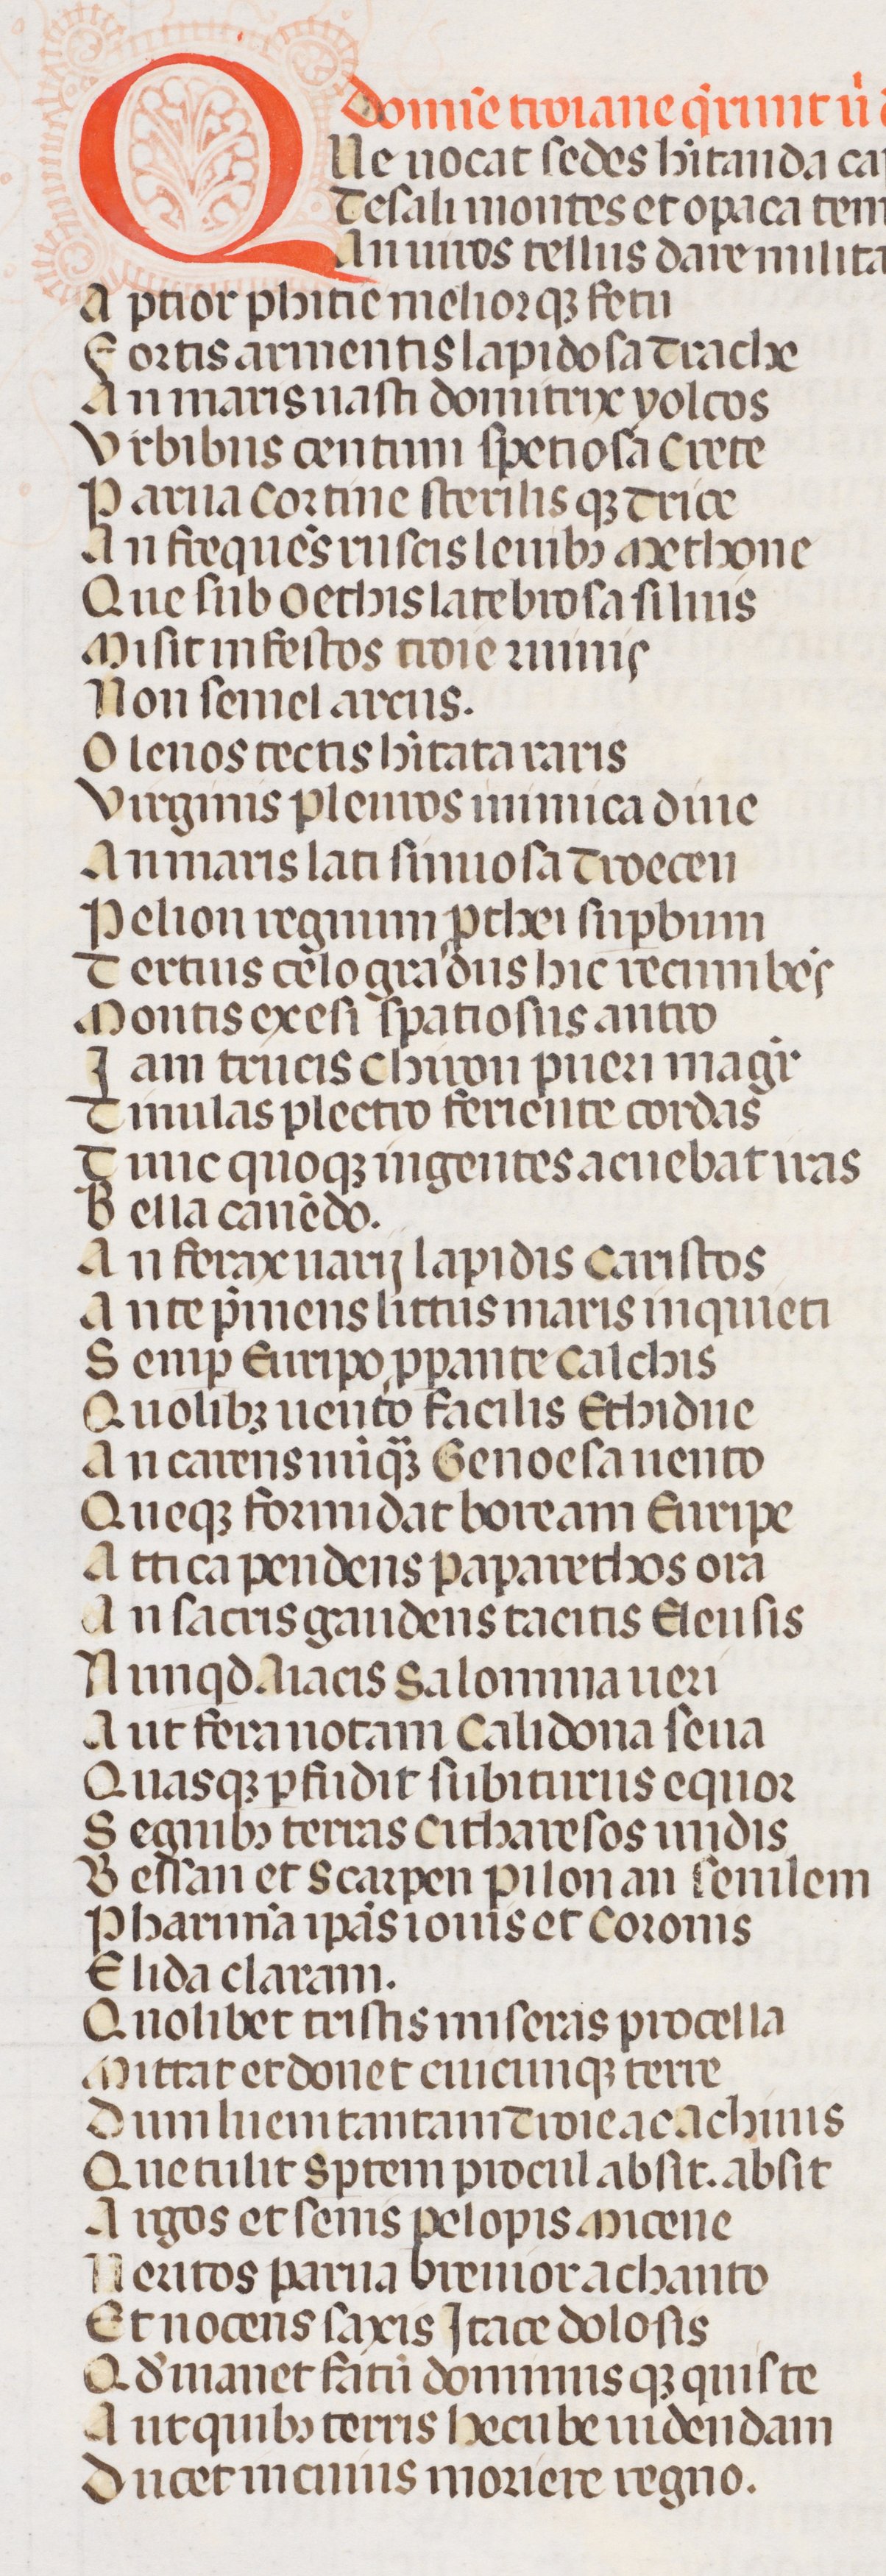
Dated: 1300–1399